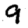
Digit: 9